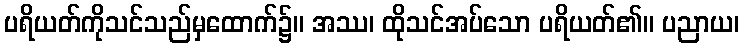
ပရိယတ်ကိုသင်သည်မှထောက်၌။ အဿ၊ ထိုသင်အပ်သော ပရိယတ်၏။ ပညာယ၊